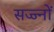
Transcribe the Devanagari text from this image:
सज्ज्नों